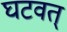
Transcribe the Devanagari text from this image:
घटवत्